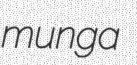
munga